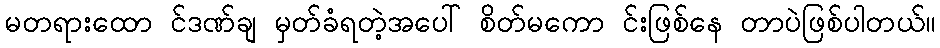
မတရားထော င်ဒဏ်ချ မှတ်ခံရတဲ့အပေါ် စိတ်မကော င်းဖြစ်နေ တာပဲဖြစ်ပါတယ်။